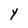
Character: Y